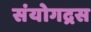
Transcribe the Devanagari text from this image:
संयोगद्रस